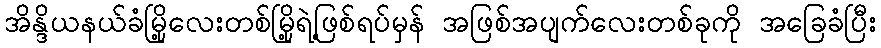
အိန္ဒိယနယ်ခံမြို့လေးတစ်မြို့ရဲ့ဖြစ်ရပ်မှန် အဖြစ်အပျက်လေးတစ်ခုကို အခြေခံပြီး